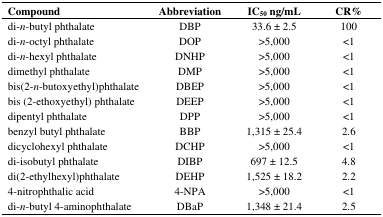
| Compound | Abbreviation | IC50 ng/mL | CR% |
 | --- | --- | --- | --- |
 | di-n-butyl phthalate | DBP | 33.6 ± 2.5 | 100 |
 | di-n-octyl phthalate | DOP | >5,000 | <1 |
 | di-n-hexyl phthalate | DNHP | >5,000 | <1 |
 | dimethyl phthalate | DMP | >5,000 | <1 |
 | bis(2-n-butoxyethyl)phthalate | DBEP | >5,000 | <1 |
 | bis (2-ethoxyethyl) phthalate | DEEP | >5,000 | <1 |
 | dipentyl phthalate | DPP | >5,000 | <1 |
 | benzyl butyl phthalate | BBP | 1,315 ± 25.4 | 2.6 |
 | dicyclohexyl phthalate | DCHP | >5,000 | <1 |
 | di-isobutyl phthalate | DIBP | 697 ± 12.5 | 4.8 |
 | di(2-ethylhexyl)phthalate | DEHP | 1,525 ± 18.2 | 2.2 |
 | 4-nitrophthalic acid | 4-NPA | >5,000 | <1 |
 | di-n-butyl 4-aminophthalate | DBaP | 1,348 ± 21.4 | 2.5 |